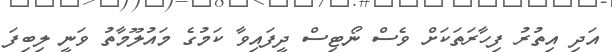
އަދި އިތުރު ފިހާރަތަކަށް ވެސް ނޯޓިސް ދީފައިވާ ކަމުގެ މައުލޫމާތު ވަނީ ލިބިފަ